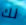
لك